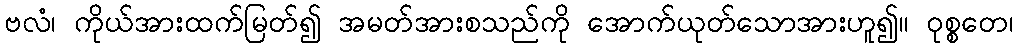
ဗလံ၊ ကိုယ်အားထက်မြတ်၍ အမတ်အားစသည်ကို အောက်ယုတ်သောအားဟူ၍။ ဝုစ္စတေ၊